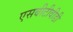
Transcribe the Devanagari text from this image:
एसबीटीवीडी